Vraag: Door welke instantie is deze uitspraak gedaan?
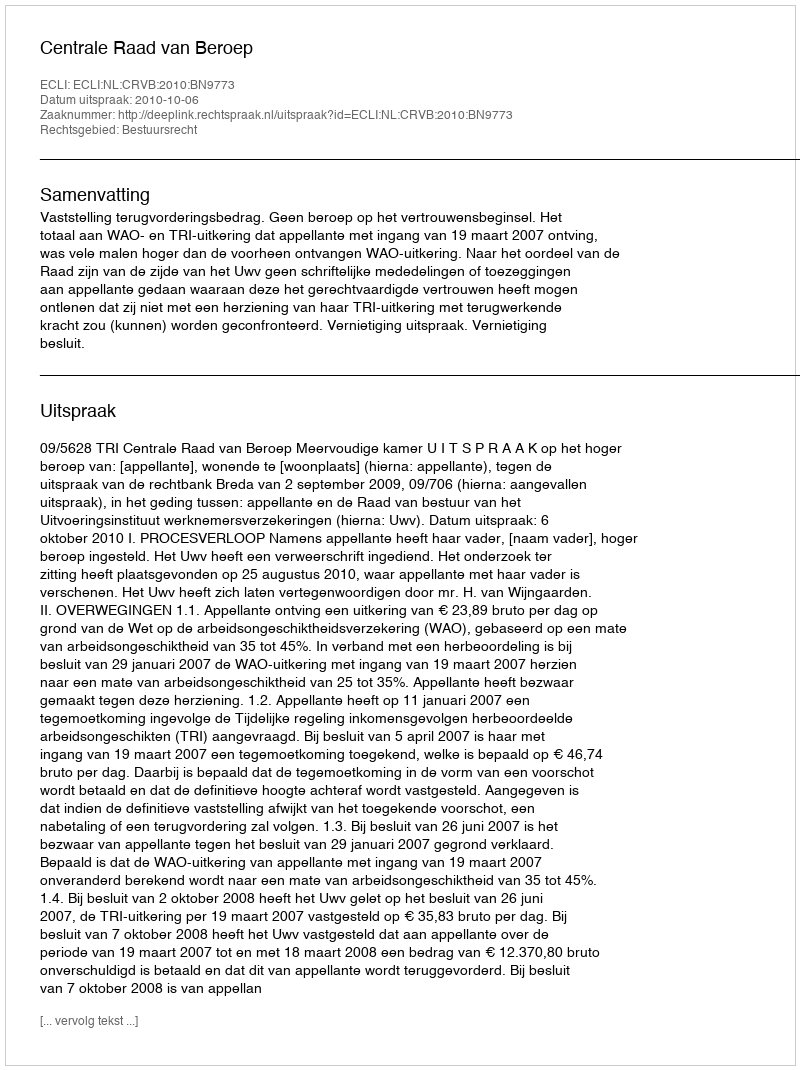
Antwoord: Centrale Raad van Beroep